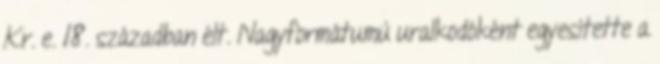
Kr. e. 18. században élt. Nagyformátumú uralkodóként egyesítette a